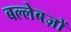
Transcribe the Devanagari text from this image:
बल्लेबज़ों